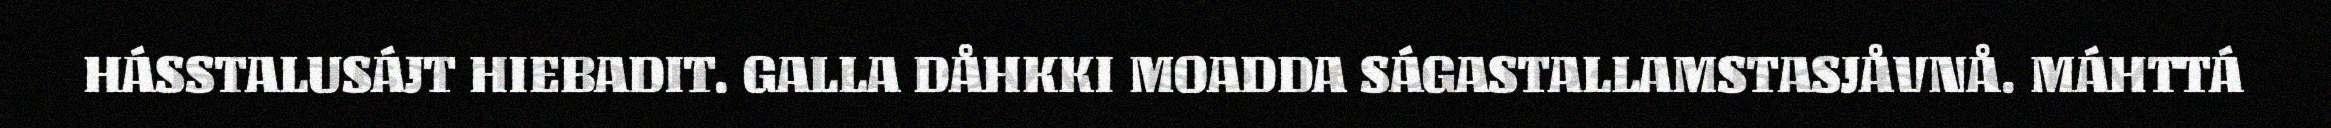
HÁSSTALUSÁJT HIEBADIT. GALLA DÅHKKI MOADDA SÁGASTALLAMSTASJÅVNÅ. MÁHTTÁ